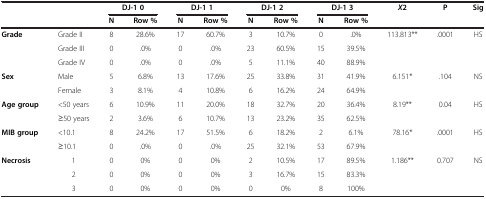
<table><thead><tr><td rowspan="2" colspan="2"><b> </b></td><td colspan="2"><b>DJ-1 0</b></td><td colspan="2"><b>DJ-1 1</b></td><td colspan="2"><b>DJ-1 2</b></td><td colspan="2"><b>DJ-1 3</b></td><td rowspan="2"><b><i>X</i>2</b></td><td rowspan="2"><b>P</b></td><td rowspan="2"><b>Sig</b></td></tr><tr><td><b>N</b></td><td><b>Row %</b></td><td><b>N</b></td><td><b>Row %</b></td><td><b>N</b></td><td><b>Row %</b></td><td><b>N</b></td><td><b>Row %</b></td></tr></thead><tbody><tr><td rowspan="3"><b>Grade</b></td><td>Grade II</td><td>8</td><td>28.6%</td><td>17</td><td>60.7%</td><td>3</td><td>10.7%</td><td>0</td><td>.0%</td><td rowspan="3">113.813**</td><td rowspan="3">.0001</td><td rowspan="3">HS</td></tr><tr><td>Grade III</td><td>0</td><td>.0%</td><td>0</td><td>.0%</td><td>23</td><td>60.5%</td><td>15</td><td>39.5%</td></tr><tr><td>Grade IV</td><td>0</td><td>.0%</td><td>0</td><td>.0%</td><td>5</td><td>11.1%</td><td>40</td><td>88.9%</td></tr><tr><td rowspan="2"><b>Sex</b></td><td>Male</td><td>5</td><td>6.8%</td><td>13</td><td>17.6%</td><td>25</td><td>33.8%</td><td>31</td><td>41.9%</td><td rowspan="2">6.151*</td><td rowspan="2">.104</td><td rowspan="2">NS</td></tr><tr><td>Female</td><td>3</td><td>8.1%</td><td>4</td><td>10.8%</td><td>6</td><td>16.2%</td><td>24</td><td>64.9%</td></tr><tr><td rowspan="2"><b>Age group</b></td><td>&lt;50 years</td><td>6</td><td>10.9%</td><td>11</td><td>20.0%</td><td>18</td><td>32.7%</td><td>20</td><td>36.4%</td><td rowspan="2">8.19**</td><td rowspan="2">0.04</td><td rowspan="2">HS</td></tr><tr><td>≥50 years</td><td>2</td><td>3.6%</td><td>6</td><td>10.7%</td><td>13</td><td>23.2%</td><td>35</td><td>62.5%</td></tr><tr><td rowspan="2"><b>MIB group</b></td><td>&lt;10.1</td><td>8</td><td>24.2%</td><td>17</td><td>51.5%</td><td>6</td><td>18.2%</td><td>2</td><td>6.1%</td><td rowspan="2">78.16*</td><td rowspan="2">.0001</td><td rowspan="2">HS</td></tr><tr><td>≥10.1</td><td>0</td><td>.0%</td><td>0</td><td>.0%</td><td>25</td><td>32.1%</td><td>53</td><td>67.9%</td></tr><tr><td rowspan="3"><b>Necrosis</b></td><td>1</td><td>0</td><td>0%</td><td>0</td><td>0%</td><td>2</td><td>10.5%</td><td>17</td><td>89.5%</td><td rowspan="3">1.186**</td><td rowspan="3">0.707</td><td rowspan="3">NS</td></tr><tr><td>2</td><td>0</td><td>0%</td><td>0</td><td>0%</td><td>3</td><td>16.7%</td><td>15</td><td>83.3%</td></tr><tr><td>3</td><td>0</td><td>0%</td><td>0</td><td>0%</td><td>0</td><td>0%</td><td>8</td><td>100%</td></tr></tbody></table>